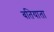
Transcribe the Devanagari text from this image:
बतियाता